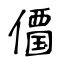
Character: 𠏹